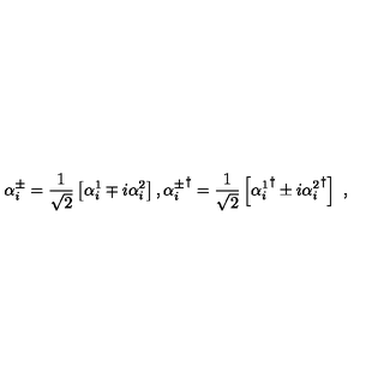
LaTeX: \alpha _ { i } ^ { \pm } = \frac { 1 } { \sqrt { 2 } } \left[ \alpha _ { i } ^ { 1 } \mp i \alpha _ { i } ^ { 2 } \right] , { \alpha _ { i } ^ { \pm } } ^ { \dagger } = \frac { 1 } { \sqrt { 2 } } \left[ { \alpha _ { i } ^ { 1 } } ^ { \dagger } \pm i { \alpha _ { i } ^ { 2 } } ^ { \dagger } \right] \ ,